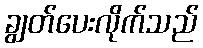
ချွတ်ပေးလိုက်သည်